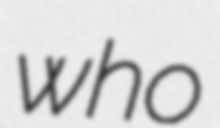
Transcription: who